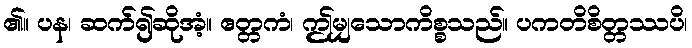
၏။ ပန၊ ဆက်၍ဆိုအံ့။ ဧတ္တကံ၊ ဤမျှသောကိစ္စသည်။ ပကတိစိတ္တဿပိ၊